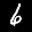
Digit: 6